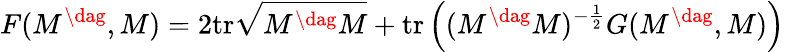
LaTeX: F(M^{\dag},M)=2\mathrm{tr}\sqrt{M^{\dag}M}+\mathrm{tr}\left((M^{\dag}M)^{-{\frac{1}{2}}}G(M^{\dag},M)\right)